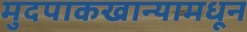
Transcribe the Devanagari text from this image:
मुदपाकखान्यामधून